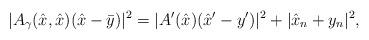
LaTeX: \begin{align*}|A_\gamma(\hat{x},\hat{x})(\hat{x}-\bar{y})|^2 = |A^\prime(\hat{x})(\hat{x}^\prime-y^\prime)|^2 + |\hat{x}_n+y_n|^2,\end{align*}